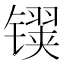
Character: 𬭹